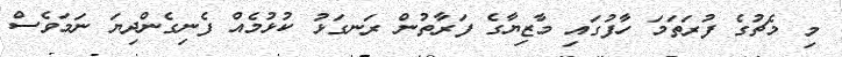
މި މެޗުގެ ފުރަތަމަ ހާފުގައި މާޒިޔާގެ ފަރާތުން ރަނގަޅު ކުޅުމެއް ފެނިގެންދިޔަ ނަމަވެސް